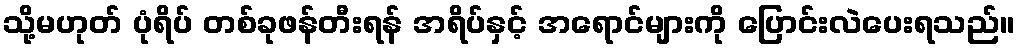
သို့မဟုတ် ပုံရိပ် တစ်ခုဖန်တီးရန် အရိပ်နှင့် အရောင်များကို ပြောင်းလဲပေးရသည်။